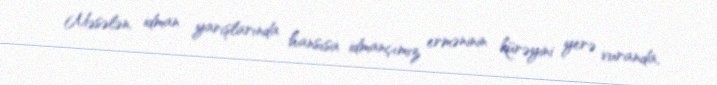
Məsələn, idman yarışlarında hansısa idmançımız erməninin kürəyini yerə vuranda,